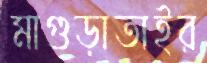
মাগুড়াতাইর